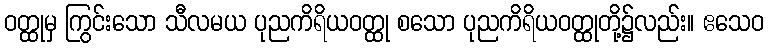
ဝတ္ထုမှ ကြွင်းသော သီလမယ ပုညကိရိယဝတ္ထု စသော ပုညကိရိယဝတ္ထုတို့၌လည်း။ ဧသေဝ